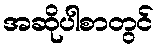
အဆိုပါစာတွင်